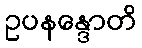
ဥပနန္ဒောတိ